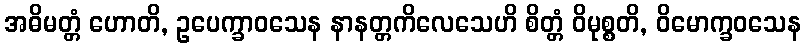
အဓိမတ္တံ ဟောတိ, ဥပေက္ခာဝသေန နာနတ္တကိလေသေဟိ စိတ္တံ ဝိမုစ္စတိ, ဝိမောက္ခဝသေန